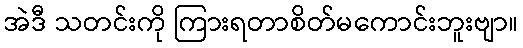
အဲဒီ သတင်းကို ကြားရတာစိတ်မကောင်းဘူးဗျာ။